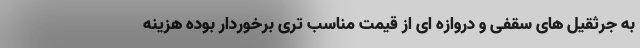
به جرثقیل های سقفی و دروازه ای از قیمت مناسب تری برخوردار بوده هزینه